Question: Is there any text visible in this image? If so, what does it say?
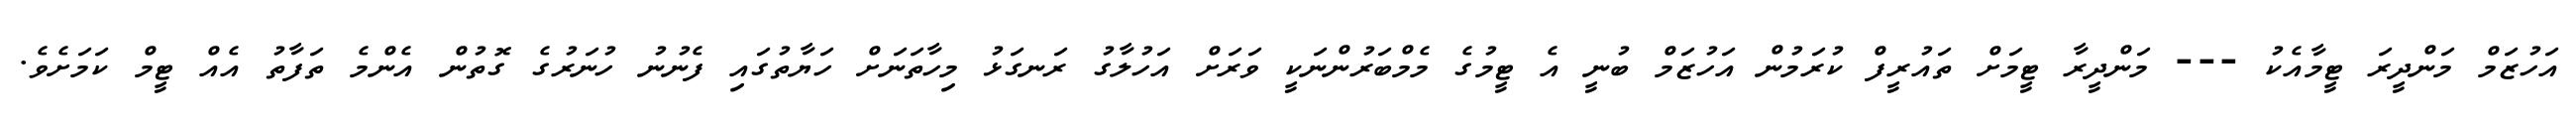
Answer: އަހުޒަމް މަންދީރަ ޓީމާއެކު --- މަންދީރާ ޓީމަށް ތައުރީފް ކުރަމުން އަހުޒަމް ބުނީ އެ ޓީމުގެ މެމްބަރުންނަކީ ވަރަށް އަހުލާގު ރަނގަޅު މިހާތަނަށް ހަޔާތުގައި ފެނުނު ހުނަރުގެ ގޮތުން އެންމެ ތަފާތު އެއް ޓީމް ކަމަށެވެ.